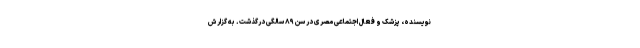
نویسنده، پزشک و فعال اجتماعی مصری در سن ۸۹ سالگی درگذشت. به گزارش